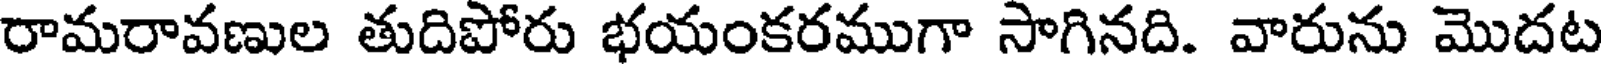
రామరావణుల తుదిపోరు భయంకరముగా సాగినది. వారును మొదట